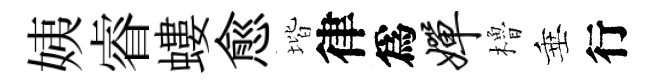
姨睿螻愈堦律爲婵櫓垂行